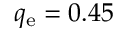
q _ { \mathrm { e } } = 0 . 4 5